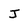
Character: J